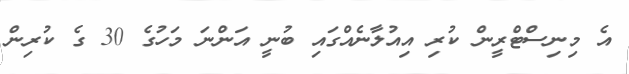
އެ މިނިސްޓްރީން ކުރި އިއުލާނެއްގައި ބުނީ އަންނަ މަހުގެ 30 ގެ ކުރިން